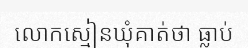
លោកស្មៀនឃុំគាត់ថា ធ្លាប់